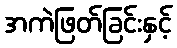
အကဲဖြတ်ခြင်းနှင့်